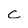
Character: c